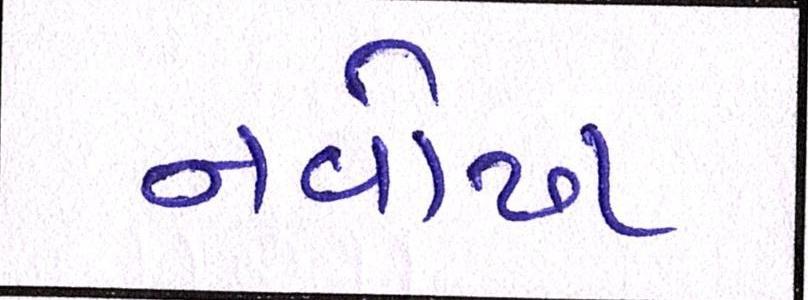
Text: નવોઢા